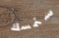
سنمسك